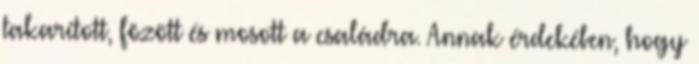
takarított, fõzött és mosott a családra. Annak érdekében, hogy